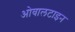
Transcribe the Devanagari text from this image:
ओवालटाइन